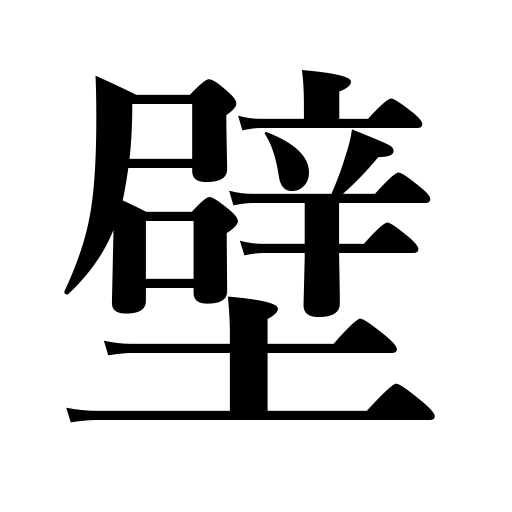
Meanings: partition,wall,lining of the stomach,fence